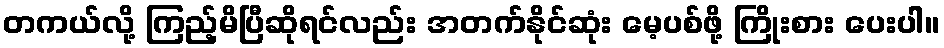
တကယ်လို့ ကြည့်မိပြီဆိုရင်လည်း အတက်နိုင်ဆုံး မေ့ပစ်ဖို့ ကြိုးစား ပေးပါ။